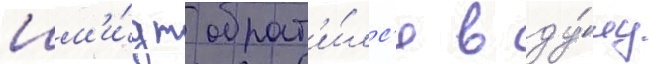
Шм'и́дт обрат'и́лс'я в ду́му